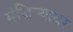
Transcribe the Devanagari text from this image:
मंजिऱ्यावर